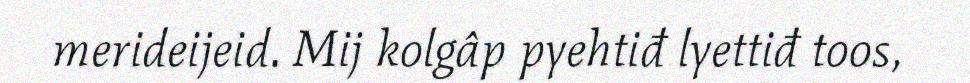
merideijeid. Mij kolgâp pyehtiđ lyettiđ toos,